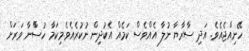
ހޭނިއްޖެއެވެ. އަދި ސާރާޔާ ނުލާ އެއްްވެސް ކަމެއް އެކުދިން ނުކުރެއެވެ.މިކަމާ ހުސްްނާ ވަރަށް